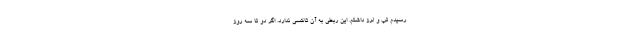
رسیدم تب و لرز داشتم. این ربطی به آن تاکسی ندارد. اگر دو تا سه روز